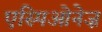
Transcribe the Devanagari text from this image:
एस्पिओनेज़